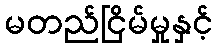
မတည်ငြိမ်မှုနှင့်